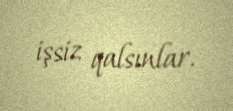
işsiz qalsınlar.